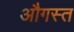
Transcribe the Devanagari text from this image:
औगस्त